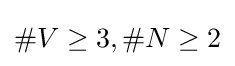
\#V\geq 3,\#N\geq 2